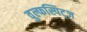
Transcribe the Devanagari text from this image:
वुल्फस्पिट्ज